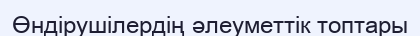
Өндірушілердің əлеуметтік топтары